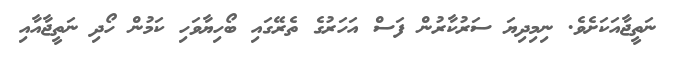
ނަތީޖާއަކަށެވެ. ނިމިދިޔަ ސަރުކާރުން ފަސް އަހަރުގެ ތެރޭގައި ބޯހިޔާވަހި ކަމުން ހޯދި ނަތީޖާއާއި